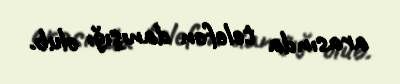
arasında telefon danışığı olub.